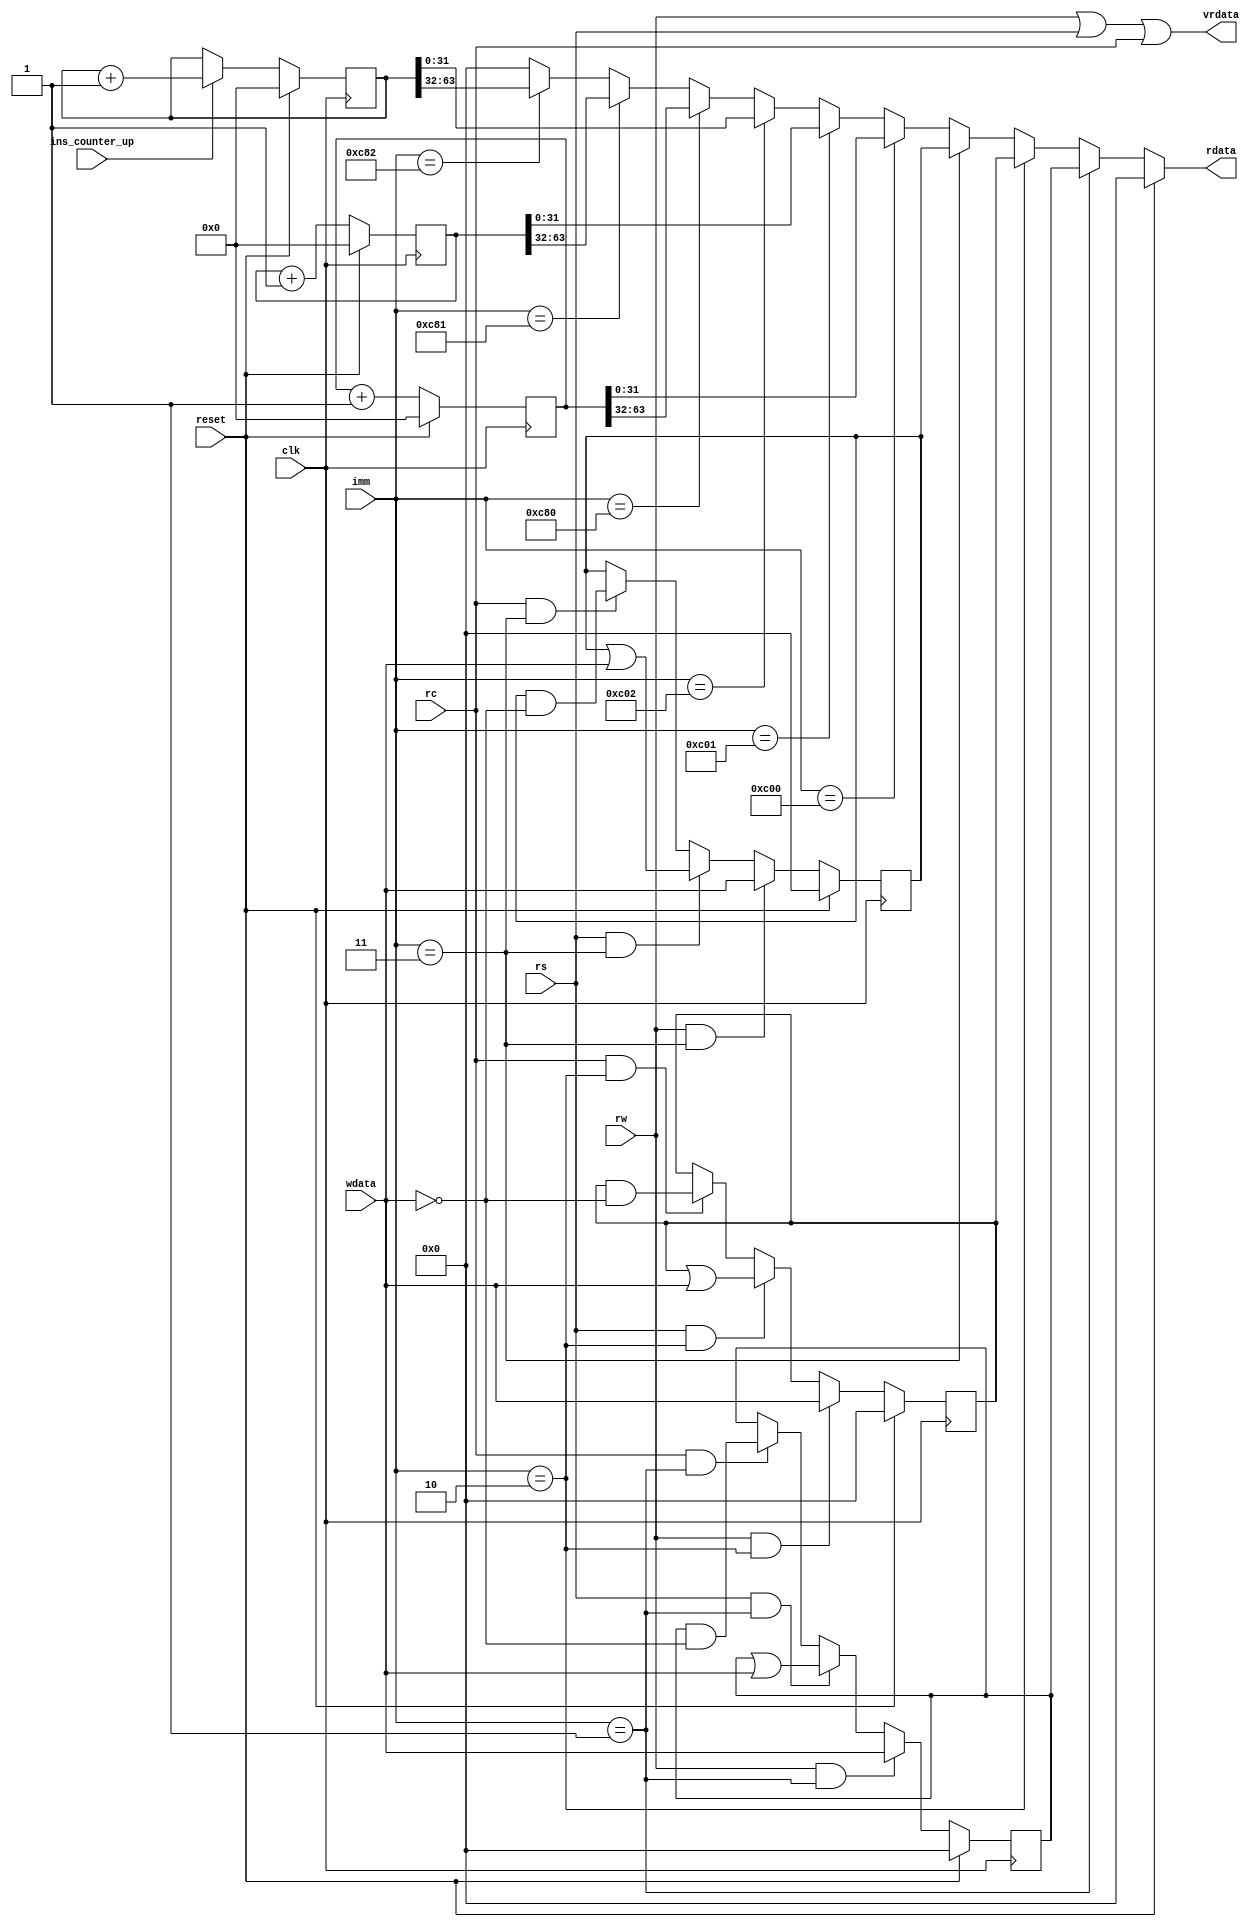
module CSR(
		input clk,
		input reset,
		input ins_counter_up,
		//--------------------//
		input [11:0] imm,
		output [31:0] rdata,
		output vrdata,
		input [31:0] wdata,
		input rw,
		input rs,
		input rc
    );
	
////////    Read/Write registers   ////////
	
	
	reg [31:0] FFLAGS;
	always@(posedge clk) begin
		if      (reset) FFLAGS <= 0;
		else if (rw && imm==12'h001) FFLAGS <= wdata;
		else if (rs && imm==12'h001) FFLAGS <= FFLAGS | wdata;
		else if (rc && imm==12'h001) FFLAGS <= FFLAGS & ~wdata;
	end
	
	reg [31:0] FRM;
	always@(posedge clk) begin
		if      (reset             ) FRM <= 0;
		else if (rw && imm==12'h002) FRM <= wdata;
		else if (rs && imm==12'h002) FRM <= FRM | wdata;
		else if (rc && imm==12'h002) FRM <= FRM & ~wdata;
	end
	
	reg [31:0] FCAR;
	always@(posedge clk) begin
		if      (             reset) FCAR <= 0;
		else if (rw && imm==12'h003) FCAR <= wdata;
		else if (rs && imm==12'h003) FCAR <= FCAR | wdata;
		else if (rc && imm==12'h003) FCAR <= FCAR & ~wdata;
	end
	
////////    Read only registers   ////////
	
	reg [63:0] RDCYCLE  ; always@(posedge clk) if (reset) RDCYCLE   <= 0; else RDCYCLE <= RDCYCLE + 1 ;
	reg [63:0] RDTIME   ; always@(posedge clk) if (reset) RDTIME    <= 0; else RDTIME  <= RDTIME  + 1 ;
	reg [63:0] RDINSTRET; always@(posedge clk) if (reset) RDINSTRET <= 0; else if (ins_counter_up) RDINSTRET <= RDINSTRET + 1;
	
	
	
////////    Output   ////////
	
	assign vrdata = rw | rs | rc ;
	assign rdata = reset          ? 0
	:              (imm==12'h001) ? FFLAGS
	:              (imm==12'h002) ? FRM
	:              (imm==12'h003) ? FCAR
	:              (imm==12'hc00) ? RDCYCLE[31:0]
	:              (imm==12'hc01) ? RDTIME[31:0]
	:              (imm==12'hc02) ? RDINSTRET[31:0]
	:              (imm==12'hc80) ? RDCYCLE[63:32]
	:              (imm==12'hc81) ? RDTIME[63:32]
	:              (imm==12'hc82) ? RDINSTRET[63:32]
    :              0;
	
endmodule